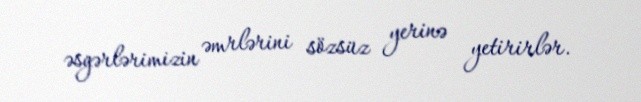
əsgərlərimizin əmrlərini sözsüz yerinə yetirirlər.